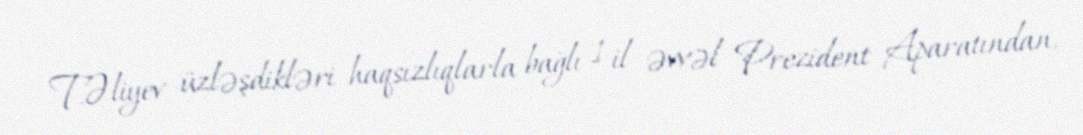
T.Əliyev üzləşdikləri haqsızlıqlarla bağlı 1 il əvvəl Prezident Aparatından,